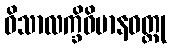
ဝိသာလက္ခိဝိမာနဝတ္ထု